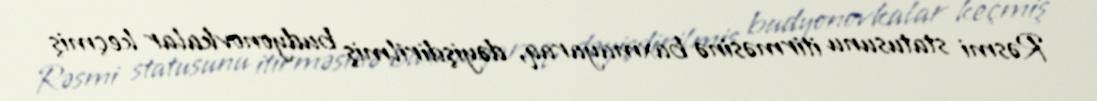
Rəsmi statusunu itirməsinə baxmayaraq, dəyişdirilmiş budyonovkalar keçmiş